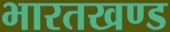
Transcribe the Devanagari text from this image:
भारतखण्ड